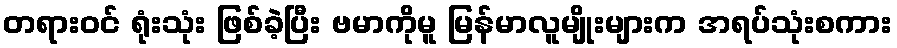
တရားဝင် ရုံးသုံး ဖြစ်ခဲ့ပြီး ဗမာကိုမူ မြန်မာလူမျိုးများက အရပ်သုံးစကား